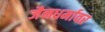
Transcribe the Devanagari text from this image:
जैनधर्मावर